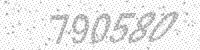
Solution: 790580